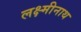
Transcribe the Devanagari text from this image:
लक्ष्मीनाथ